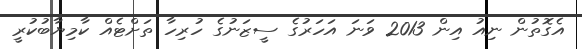
އެގޮތުން ނިއު އިން 2013 ވަނަ އަހަރުގެ ސީޒަނުގެ ހުރިހާ ތަށްޓެއް ކާމިޔާބުކުރީ